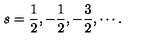
s = \frac { 1 } { 2 } , - \frac { 1 } { 2 } , - \frac { 3 } { 2 } , \cdots { } .